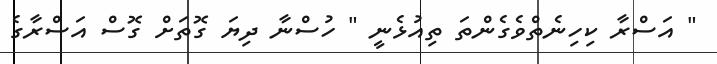
" އަސްރާ ކިހިނެތްވެގެންތަ ތިއުޅެނީ " ހުސްނާ ދިޔަ ގޮތަށް ގޮސް އަސްރާގެ